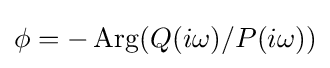
\phi =-\operatorname {Arg} (Q(i\omega )/P(i\omega ))